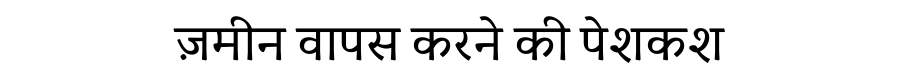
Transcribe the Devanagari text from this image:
ज़मीन वापस करने की पेशकश